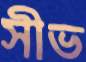
সীভ